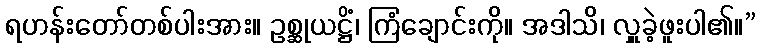
ရဟန်းတော်တစ်ပါးအား။ ဥစ္ဆုယဋ္ဌိံ၊ ကြံချောင်းကို။ အဒါသိ၊ လှူခဲ့ဖူးပါ၏။”